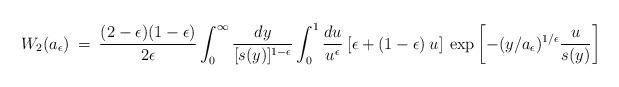
LaTeX: \begin{align*}W_2(a_{\epsilon})\>=\> {(2-\epsilon)(1-\epsilon)\over 2 \epsilon}\int_0^\infty {dy \over [s(y)]^{1-\epsilon}}\int_0^1 {du \over u^\epsilon} \>[\epsilon+(1-\epsilon)\> u] \>\exp\left [ - (y/a_{\epsilon})^{1/\epsilon} {u \over s(y)} \right ]\end{align*}